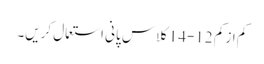
کم از کم 12-14کلاس پانی استعمال کریں۔